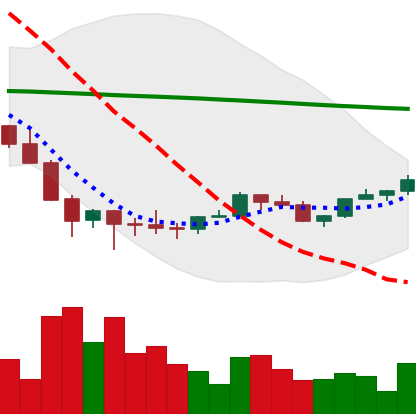
Ticker: LINK-USD
Chart end date: 2022-02-07
Forward return: -15.497%
Label: down_7plus